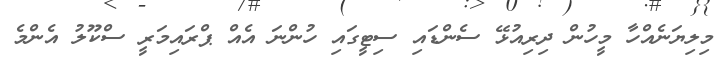
މިލިޔަނެއްހާ މީހުން ދިރިއުޅޭ ސެންޑައި ސިޓީގައި ހުންނަ އެއް ޕްރައިމަރީ ސްކޫލު އެންމެ